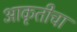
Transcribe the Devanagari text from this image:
आकृतीचा